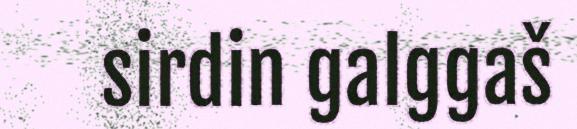
sirdin galggaš